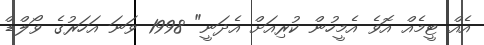
އެއް ޓީމެއް އޮވެ އެމީހުން ކުރިއަށް އެދަނީ" 1998 ވަނަ އަހަރުގެ ވޯލްޑް